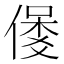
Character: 𱏇